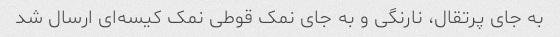
به جای پرتقال، نارنگی و به جای نمک قوطی نمک کیسه‌ای ارسال شد